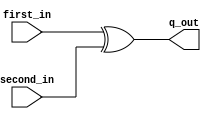
//module XOR_2(input: [3:0]first_in, [3:0]second_in, Output: [3:0]q_out); 

module XOR_2(
	input		[3:0]first_in, 
	input		[3:0]second_in,
	output	[3:0]q_out); 
	
	assign q_out = first_in ^ second_in; 
	
endmodule